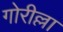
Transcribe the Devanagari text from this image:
गोरील्ला